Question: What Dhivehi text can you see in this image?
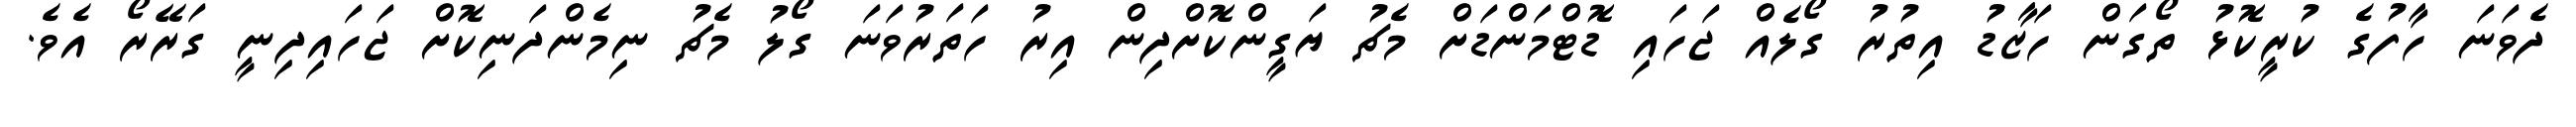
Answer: ދެވަނަ ހާފުގެ ކުރީކޮޅު ތޯގަން ހަޒާޑު އިތުރު ގޯލެއް ޖަހައި ޑޮޓްމަންޑަށް މެޗު ޔަގީންކޮށްދިން އިރު ހަތަރުވަނަ ގޯލު މެޗު ނިމެންދަނިކޮށް ޖަހައިދިނީ ގަރޭރޯ އެވެ.